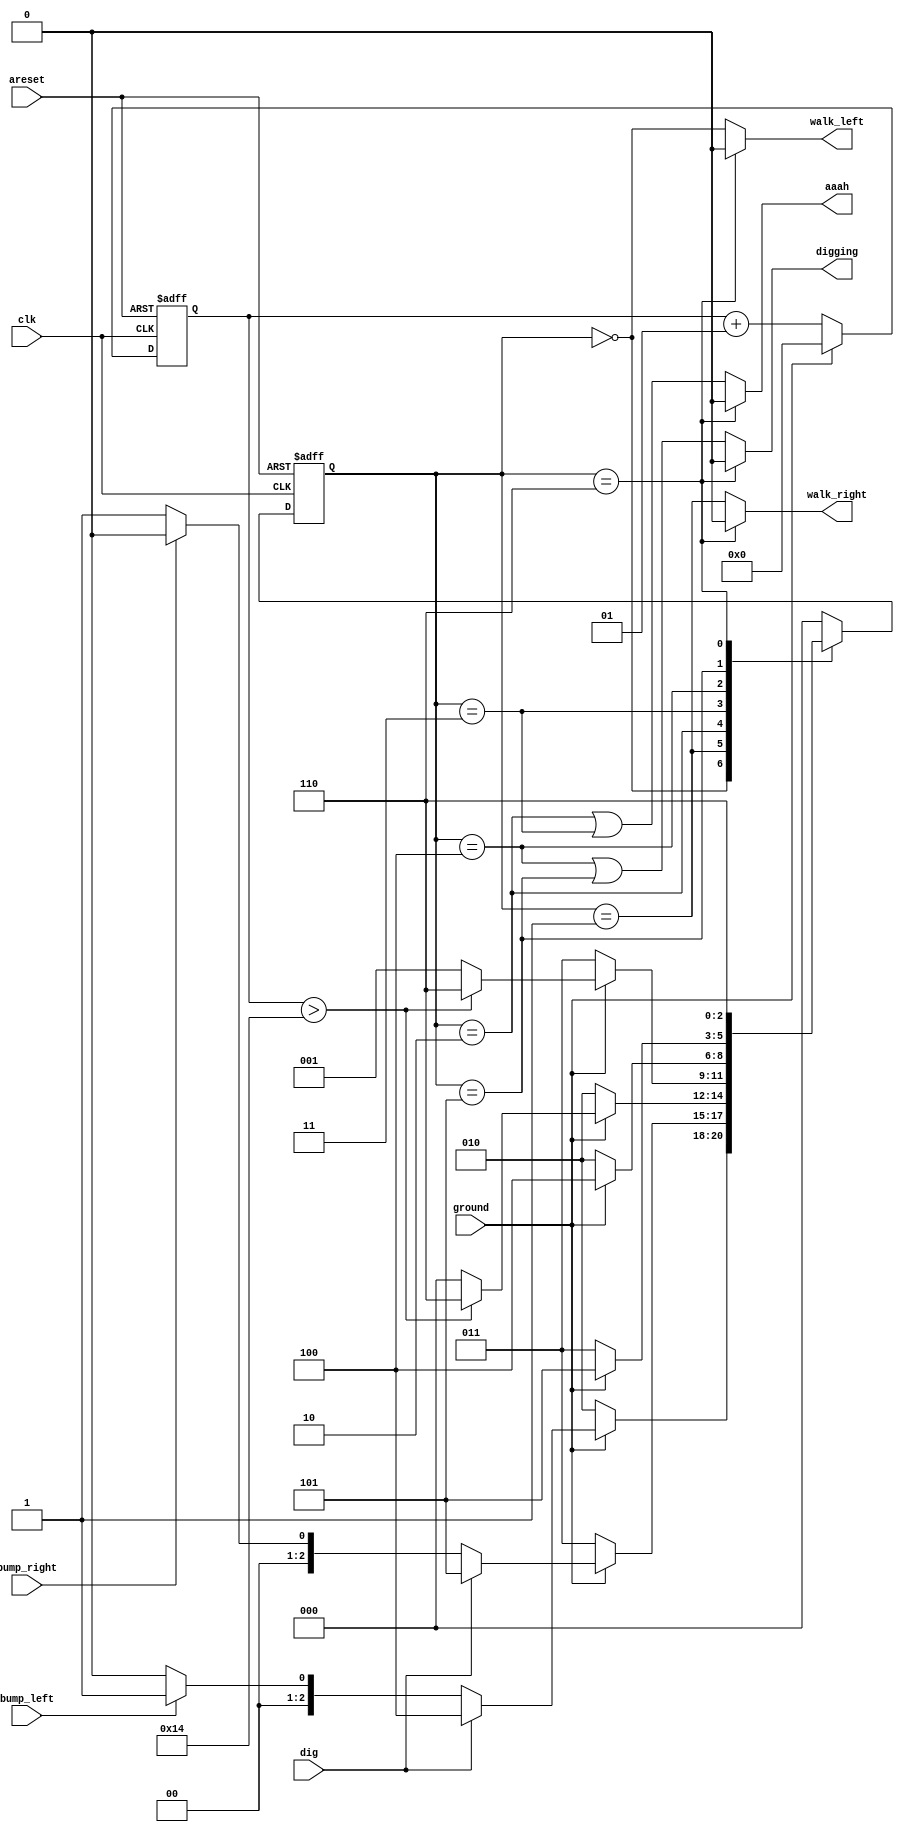
`timescale 1ns / 1ps
//////////////////////////////////////////////////////////////////////////////////
// Company: 
// Engineer: 
// 
// Design Name: 
// Module Name: lammings
// Project Name: 
// Target Devices: 
// Tool Versions: 
// Description: 
// 
// Dependencies: 
// 
// Revision:
// Revision 0.01 - File Created
// Additional Comments:
// 
//////////////////////////////////////////////////////////////////////////////////


module lammings( input clk,
    input areset,    // Freshly brainwashed Lemmings walk left.
    input bump_left,
    input bump_right,
    input ground,
    input dig,
    output walk_left,
    output walk_right,
    output aaah,
    output digging

    );
    parameter L=0;
    parameter R=1;
    parameter F_L=2;
    parameter F_R=3;
    parameter D_L=4;
    parameter D_R=5;
    parameter SP=6;
             // L: walk left, R:walk right  F_L: fall left, F_R: fall right, D_L: dig on left side,
            // D_R : dig on right side, SP: splat;
    reg [2:0] state,next_state;
    integer i;
     always@(*)
        begin
            case(state)
                L:
                  begin
                    if(~ground) next_state=F_L;
                    else
                        begin
                            if(dig) next_state=D_L;
                            else
                                begin
                                    if(bump_left) next_state=R;
                                    else next_state=L;
                                end
                        end
                    end
                          //next_state=ground?(dig?D_L:(bump_left?R:L)):F_L;
                   // if(~ground) next_state=F_l;
                   // else if(dig) next_state=D_L;
                   // else if(bump_left) next_state=R;
                   // else next_state=L;
                R:
                  begin
                        if(~ground) next_state=F_R;
                        else
                            begin
                                if(dig) next_state=D_R;
                                else
                                    begin
                                        if(bump_right) next_state=L;
                                        else next_state=R;
                                    end
                            end
                   end
                    //next_state=ground?(dig?D_R:(bump_right?L:R)):F_R;             
                    /*begin
                    if(~ground) next_state=F_R;
                    else if(dig) next_state=D_R;
                    else if(bump_right) next_state=L;
                    else next_state=R;
                end
                */
                
                F_L: begin
                    if(ground)
                       begin
                       if(i>20) next_state=SP;
                       else     next_state=L;
                       end
                    else next_state=F_L;
                    end
                       // next_state=(ground==1)?((i>20)?SP:L):F_L;
                       
                F_R:  begin
                    if(ground)
                       begin
                       if(i>20) next_state=SP;
                       else     next_state=R;
                       end
                    else next_state=F_R;
                    end 
                     // next_state=(ground==1)?((i>20)?SP:R):F_R; 
                     
               D_L:begin
                    if(~ground) next_state=F_L;
                    else next_state=D_L;
                end
                D_R: begin
                    if(~ground) next_state=F_R;
                    else next_state=D_R;
                end
                SP: next_state=SP;
                default:next_state=L;
            endcase
        end
        
        
     always@(posedge clk,posedge areset)
                    begin
                        if(areset) begin
                        state<=L;
                        end
                        else
                            state<=next_state;
                    end
                
    always@(posedge clk,posedge areset)
                   begin
                       if(areset)  i<=0;
                       else
                          begin
                             if(~ground) i<=i+1;
                             else i<=0;
                          end
                    end
                    
   assign walk_left=(state==SP)?1'b0:(state==L);
   assign walk_right=(state==SP)?1'b0:(state==R);
   assign aaah=(state==SP)?1'b0:((state==F_L)|(state==F_R));
   assign digging=(state==SP)?1'b0:((state==D_L)|(state==D_R));
endmodule